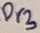
Text: Pr3